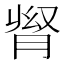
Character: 𦛬